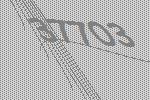
37703